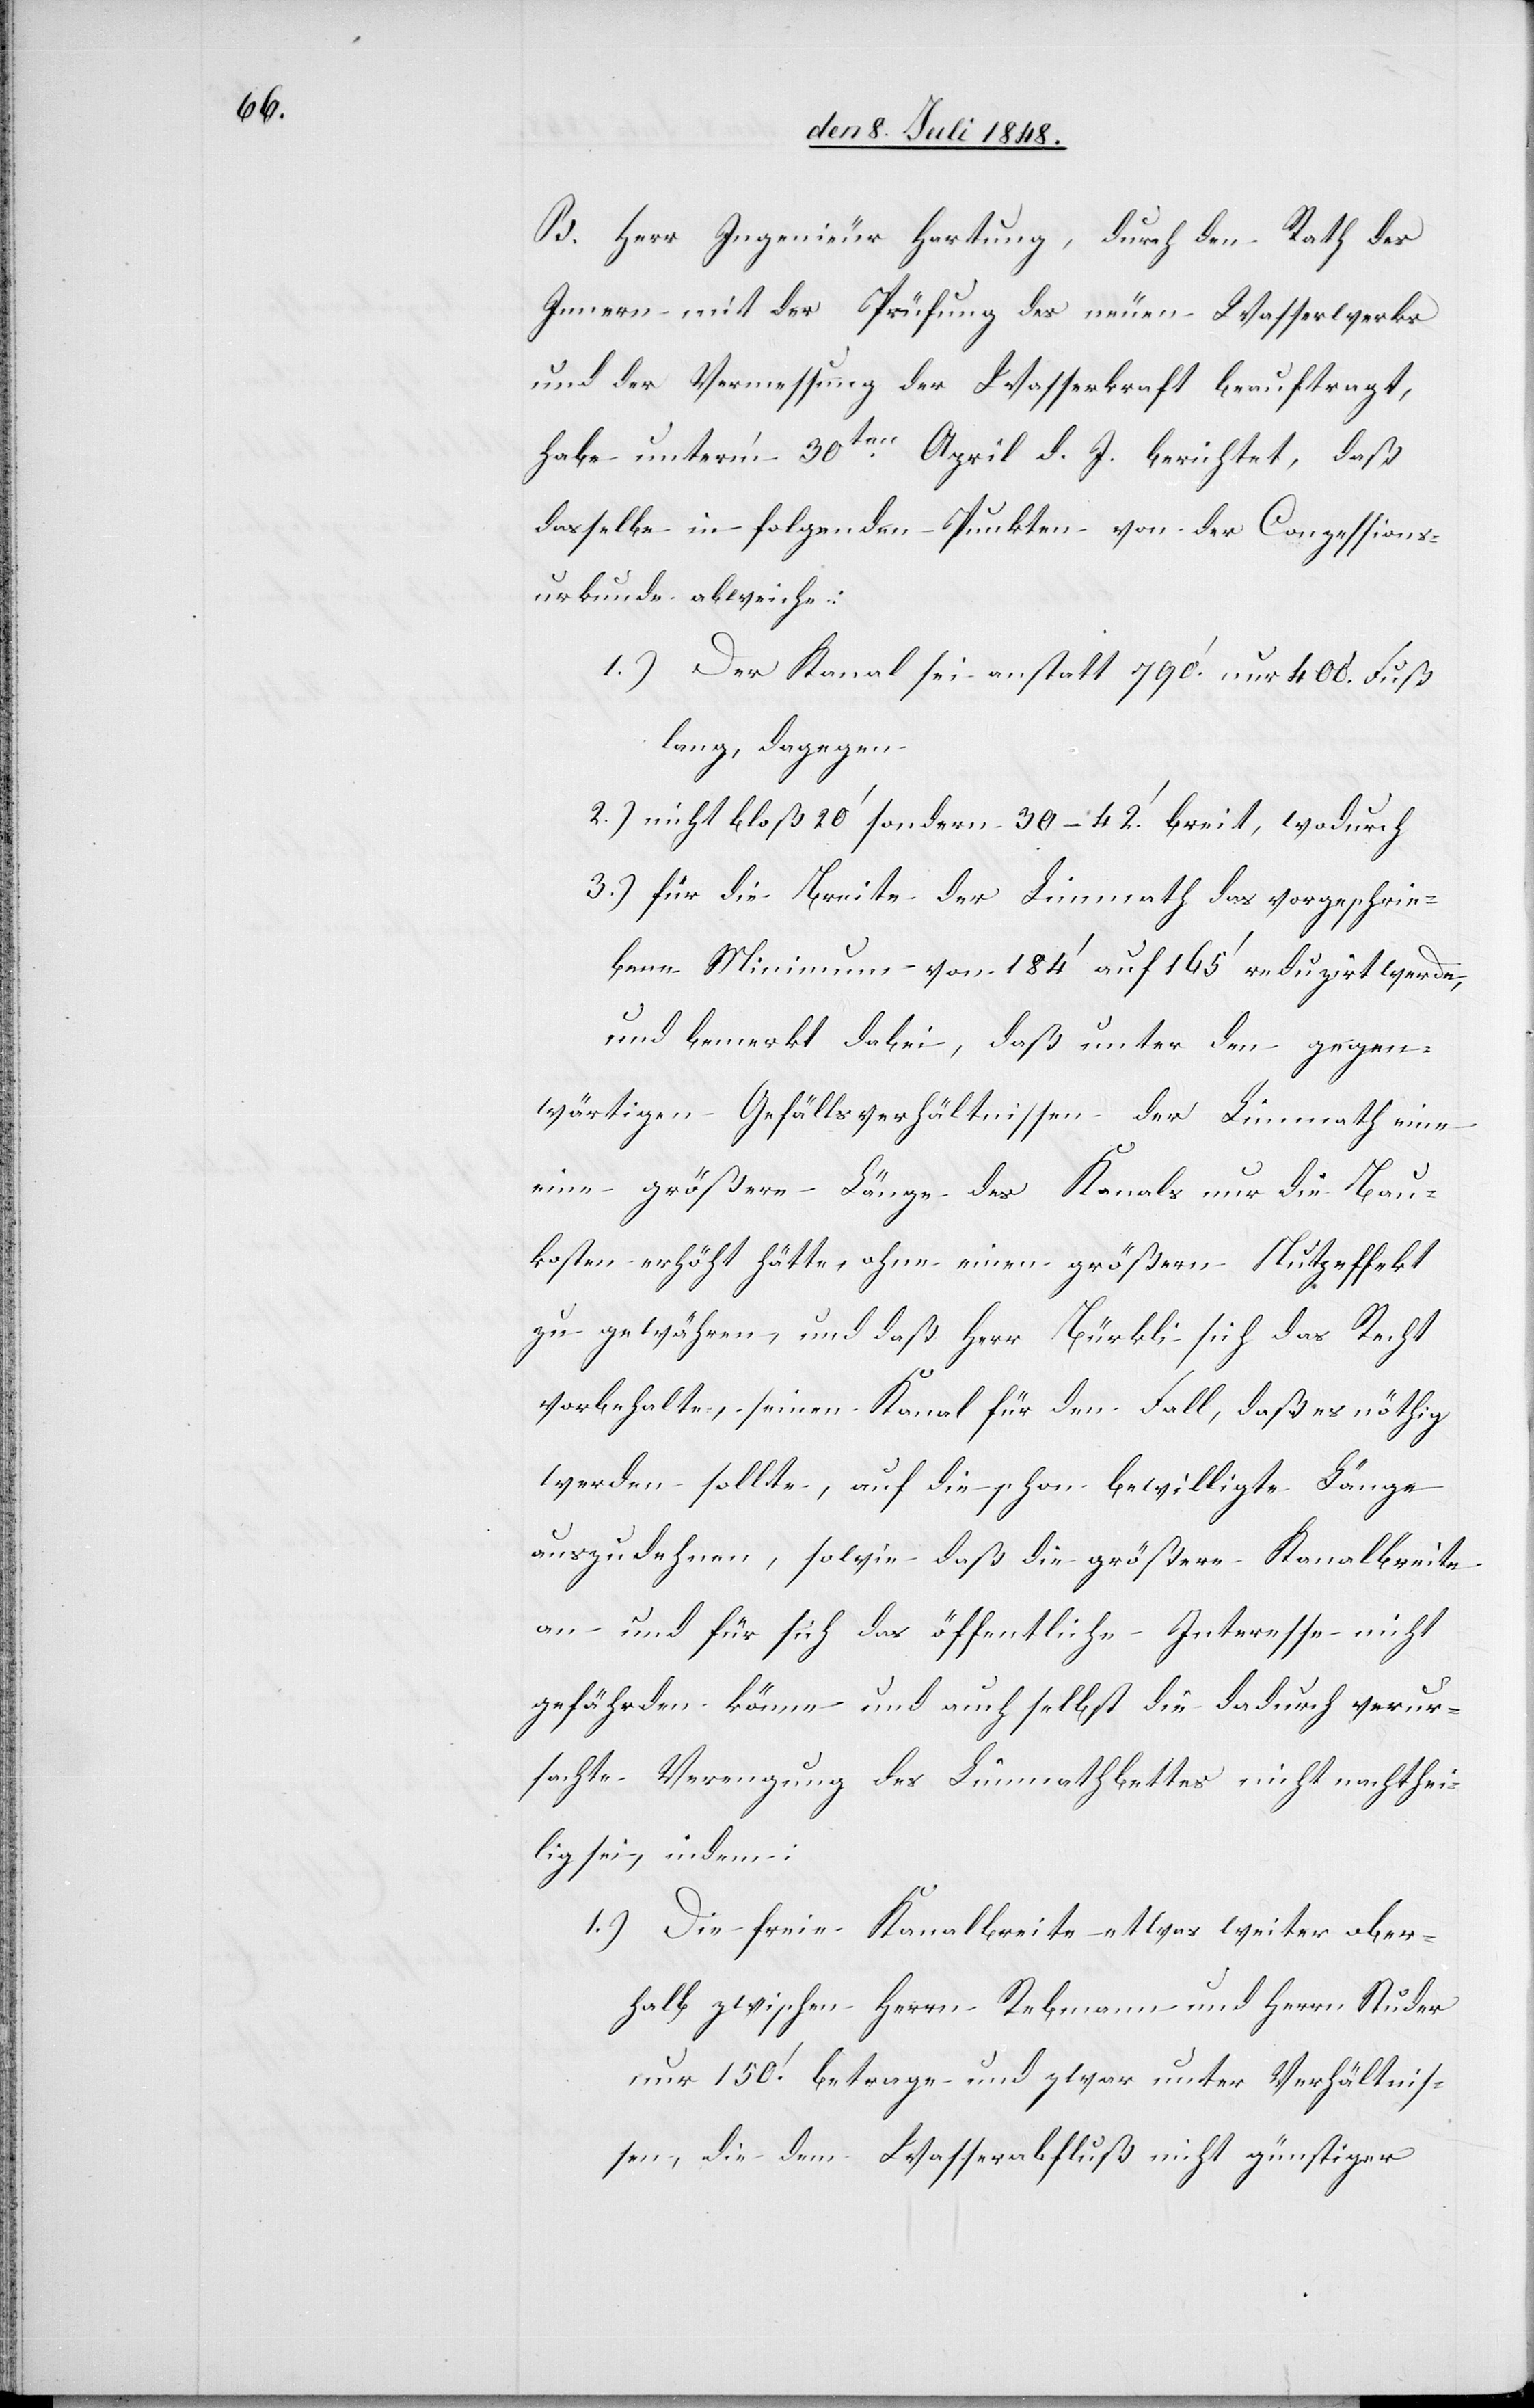
B. Herr Ingenieur Hartung, durch den Rath des
Innern mit der Prüfung des neuen Wasserwerks
und der Vermessung der Wasserkraft beauftragt,
habe unter’m 30ten April d. J. berichtet, daß
dasselbe in folgenden Punkten von der Conzessions¬
urkunde abweiche:
1.) Der Kanal sei anstatt 790’ nur 400. Fuß
lang, dagegen
2.) nicht bloß 20’ sondern 30–42’. breit, wodurch
3.) für die Breite der Limmath das vorgeschrie¬
bene Minimum von 184’ auf 165’ reduzirt werde,
und bemerkt dabei, daß unter den gegen¬
wärtigen Gefällsverhältnissen der Limmath eine
[sic!] größere Länge des Kanals nur die Bau¬
kosten erhöht hätte, ohne einen größern Nutzeffekt
zu gewähren, und daß Herr Bürkli sich das Recht
vorbehalten, seinen Kanal für den Fall, daß es nöthig
werden sollte, auf die schon bewilligte Länge
auszudehnen, sowie daß die größere Kanalbreite
an und für sich das öffentliche Interesse nicht
gefährden könne und auch selbst die dadurch verur¬
sachte Verengung des Limmathbettes nicht nachthei¬
lig sei, indem:
1.) Die freie Kanalbreite etwas weiter ober¬
halb zwischen Herrn Rebmann und Herrn Studer
nur 150.’ betrage und zwar unter Verhältnis¬
sen, die dem Wasserabfluß nicht günstiger